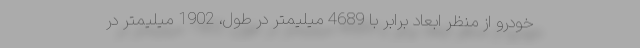
خودرو از منظر ابعاد برابر با 4689 میلیمتر در طول، 1902 میلیمتر در